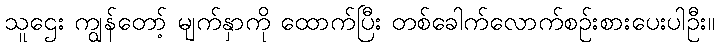
သူဌေး ကျွန်တော့် မျက်နှာကို ထောက်ပြီး တစ်ခေါက်လောက်စဉ်းစားပေးပါဦး။